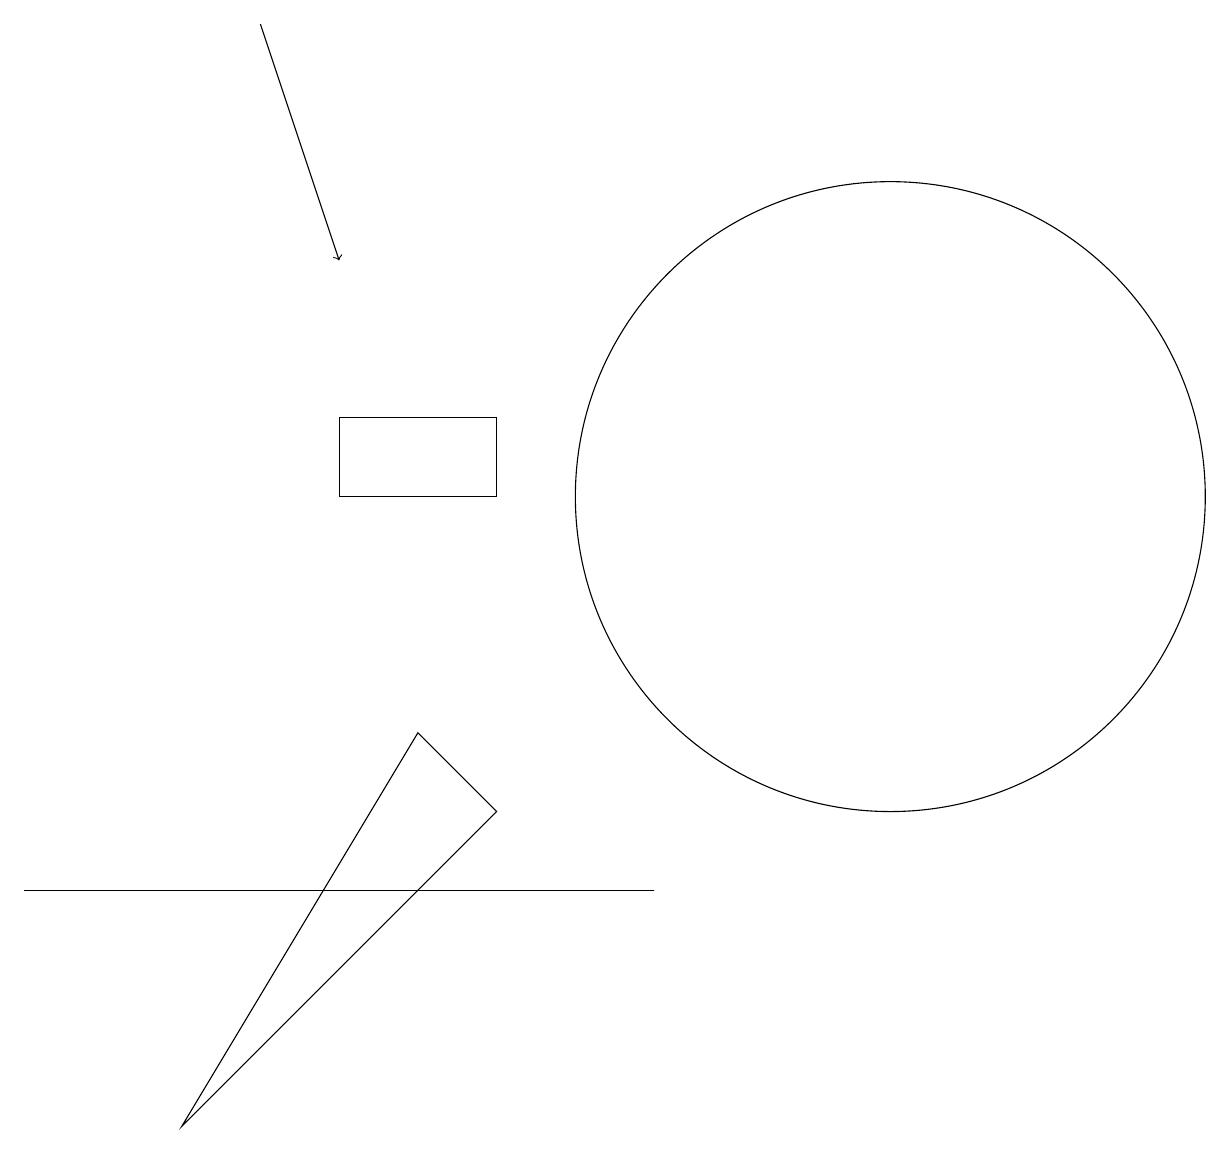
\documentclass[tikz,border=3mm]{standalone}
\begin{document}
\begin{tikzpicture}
\draw (6,8) -- (2,4) -- (5,9) -- cycle;
\draw (6,13) rectangle (4,12);
\draw (10,12) circle (0);
\draw (0,7) -- (8,7) -- (7,7) -- cycle;
\draw[->] (3,18) -- (4,15);
\draw (11,12) circle (4);
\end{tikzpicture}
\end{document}